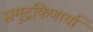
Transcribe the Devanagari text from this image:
समुद्रकिणार्या